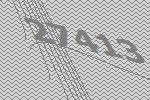
27413